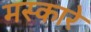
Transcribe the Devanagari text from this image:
मस्कारे